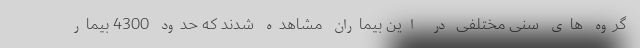
گروه های سنی مختلفی در این بیماران مشاهده شدند که حدود 4300 بیمار